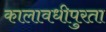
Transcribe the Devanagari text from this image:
कालावधीपुरता